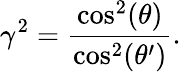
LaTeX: \gamma^{2}=\frac{\cos^{2}(\theta)}{\cos^{2}(\theta^{\prime})}.